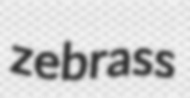
zebrass